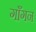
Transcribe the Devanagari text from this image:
गाँगन